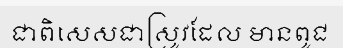
ជាពិសេសជាស្រូវដែល មានពូជ